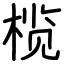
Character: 榄